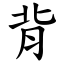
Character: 背